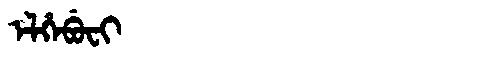
Manchu: ᡝᠯᡥᡝᠪᡠᠸᡳ
Romanization: ELHEBUFI